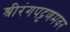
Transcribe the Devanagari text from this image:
श्रीरंगपट्टणमवर